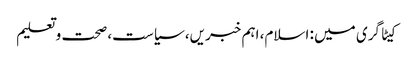
کیٹاگری میں : اسلام، اہم خبریں، سیاست، صحت و تعلیم